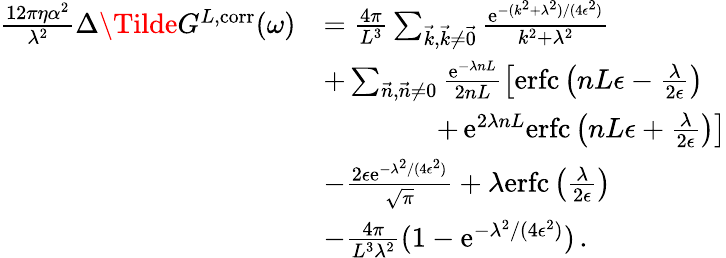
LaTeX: \begin{array}{rl}{\frac{12\pi\eta\alpha^{2}}{\lambda^{2}}\Delta\Tilde{G}^{L,\mathrm{corr}}(\omega)}&{=\frac{4\pi}{L^{3}}\sum_{\vec{k},\vec{k}\neq\vec{0}}\frac{\mathrm{e}^{-(k^{2}+\lambda^{2})/(4\epsilon^{2})}}{k^{2}+\lambda^{2}}}\\ &{+\sum_{\vec{n},\vec{n}\neq 0}\frac{\mathrm{e}^{-\lambda nL}}{2nL}\left[\mathrm{erfc}\left(nL\epsilon-\frac{\lambda}{2\epsilon}\right)\right.}\\ &{\qquad\qquad+\left.\mathrm{e}^{2\lambda nL}\mathrm{erfc}\left(nL\epsilon+\frac{\lambda}{2\epsilon}\right)\right]}\\ &{-\frac{2\epsilon\mathrm{e}^{-\lambda^{2}/(4\epsilon^{2})}}{\sqrt{\pi}}+\lambda\mathrm{erfc}\left(\frac{\lambda}{2\epsilon}\right)}\\ &{-\frac{4\pi}{L^{3}\lambda^{2}}(1-\mathrm{e}^{-\lambda^{2}/(4\epsilon^{2})})\, .}\end{array}